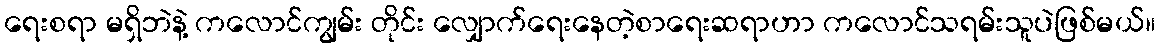
ရေးစရာ မရှိဘဲနဲ့ ကလောင်ကျွမ်း တိုင်း လျှောက်ရေးနေတဲ့စာရေးဆရာဟာ ကလောင်သရမ်းသူပဲဖြစ်မယ်။